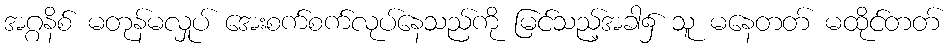
အဂ္ဂနိစ် မတုန်မလှုပ် အေးစက်စက်လုပ်နေသည်ကို မြင်သည့်အခါ၌ သူ မနေတတ် မထိုင်တတ်